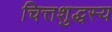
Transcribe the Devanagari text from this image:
चित्तशुद्धस्य